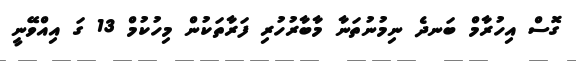
ގޮސް އިހުރާމް ބަނދެ ނިމުނުތަނާ މާބާރުހުރި ފަރާތަކުން މިހުކުމް 13 ގަ އިއްވޭނީ